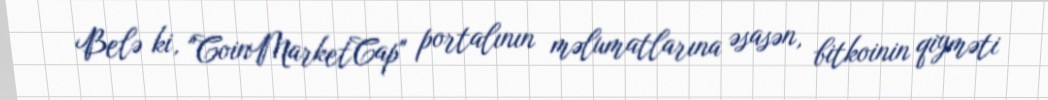
Belə ki, "CoinMarketCap" portalının məlumatlarına əsasən, bitkoinin qiyməti